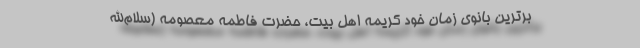
برترین بانوی زمان خود کریمه اهل بیت، حضرت فاطمه معصومه (سلام‌الله